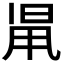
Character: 𣆨